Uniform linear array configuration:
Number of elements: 8
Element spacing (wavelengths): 0.5
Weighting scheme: hann
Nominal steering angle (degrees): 15
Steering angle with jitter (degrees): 16.089
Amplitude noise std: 0.05
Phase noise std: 0.05

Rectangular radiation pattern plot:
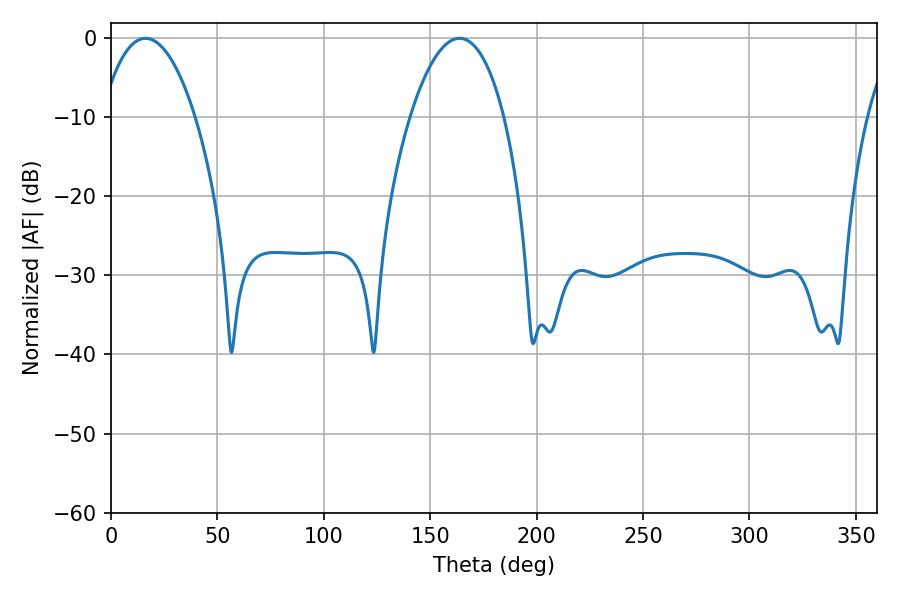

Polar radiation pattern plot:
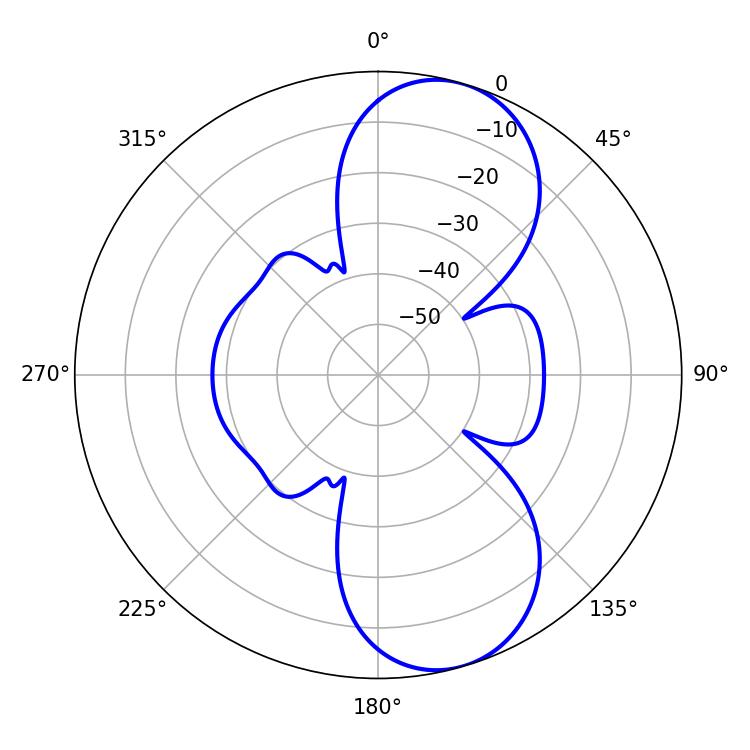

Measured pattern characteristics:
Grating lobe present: FALSE
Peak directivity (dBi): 8.837
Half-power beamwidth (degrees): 24.66
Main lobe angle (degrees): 16.2